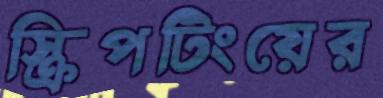
স্ক্রিপটিংয়ের